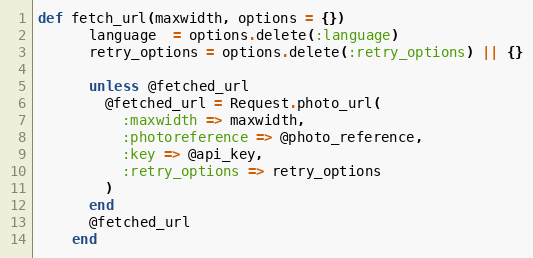
Language: Ruby
def fetch_url(maxwidth, options = {})
      language  = options.delete(:language)
      retry_options = options.delete(:retry_options) || {}

      unless @fetched_url
        @fetched_url = Request.photo_url(
          :maxwidth => maxwidth,
          :photoreference => @photo_reference,
          :key => @api_key,
          :retry_options => retry_options
        )
      end
      @fetched_url
    end